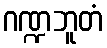
ဂဏ္ဍဘူတံ